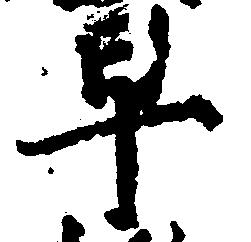
早